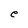
Character: e